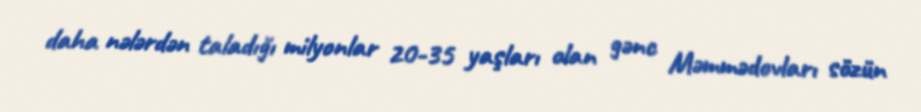
daha nələrdən taladığı milyonlar 20-35 yaşları olan gənc Məmmədovları sözün